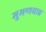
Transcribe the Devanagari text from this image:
मुमणवाह